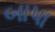
બાપા